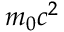
m _ { 0 } c ^ { 2 }